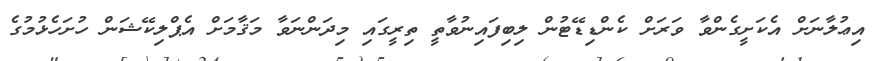
އިޢުލާނަށް އެކަށީގެންވާ ވަރަށް ކެންޑިޑޭޓުން ލިބިފައިނުވާތީ ތިރީގައި މިދަންނަވާ މަޤާމަށް އެޕްލިކޭޝަން ހުށަހެޅުމުގެ